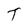
Character: T